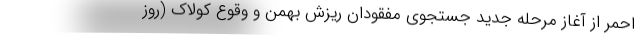
احمر از آغاز مرحله جدید جستجوی مفقودان ریزش بهمن و وقوع کولاک (روز